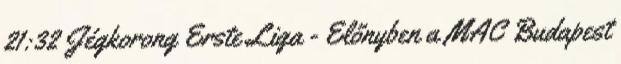
21:32 Jégkorong Erste Liga - Előnyben a MAC Budapest